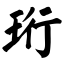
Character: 珩